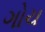
ગોચ